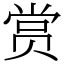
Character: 赏